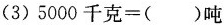
(3) $$5000千克=( )吨$$